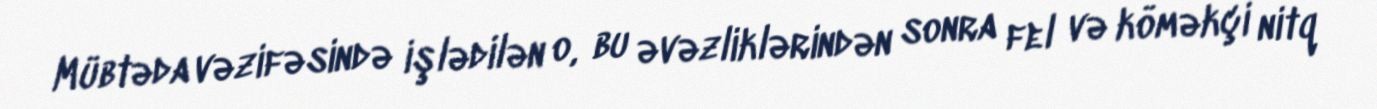
Mübtəda vəzifəsində işlədilən o, bu əvəzliklərindən sonra fel və köməkçi nitq